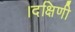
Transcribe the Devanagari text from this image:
।दक्षिणी